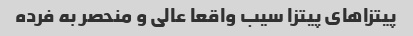
پیتزاهای پیتزا سیب واقعا عالی و منحصر به فرده